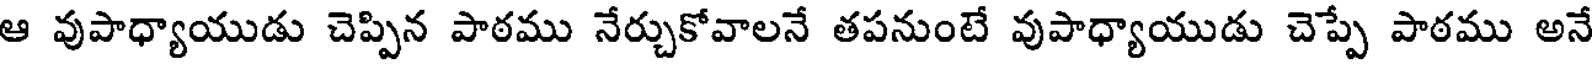
ఆ వుపాధ్యాయుడు చెప్పిన పాఠము నేర్చుకోవాలనే తపనుంటే వుపాధ్యాయుడు చెప్పే పాఠము అనే